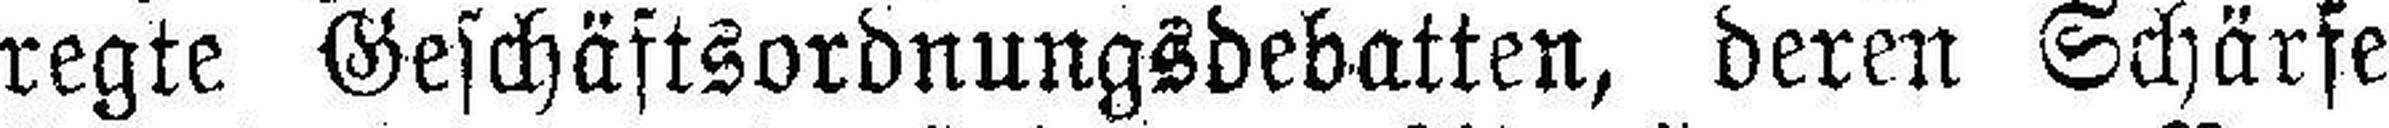
regte Geschäftsordnungsdebatten, deren Schärfe